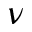
\nu